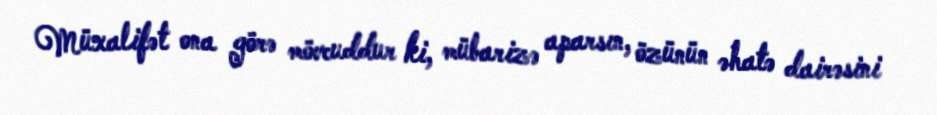
Müxalifət ona görə mövcuddur ki, mübarizə aparsın, özünün əhatə dairəsini